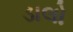
ડાલો